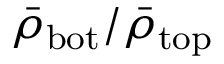
\bar { \rho } _ { \mathrm { b o t } } / \bar { \rho } _ { \mathrm { t o p } }